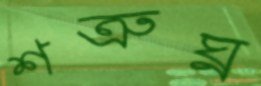
শত্রুঘ্ন